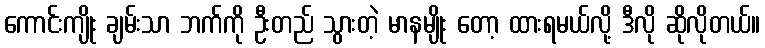
ကောင်းကျိုး ချမ်းသာ ဘက်ကို ဦးတည် သွားတဲ့ မာနမျိုး တော့ ထားရမယ်လို့ ဒီလို ဆိုလိုတယ်။